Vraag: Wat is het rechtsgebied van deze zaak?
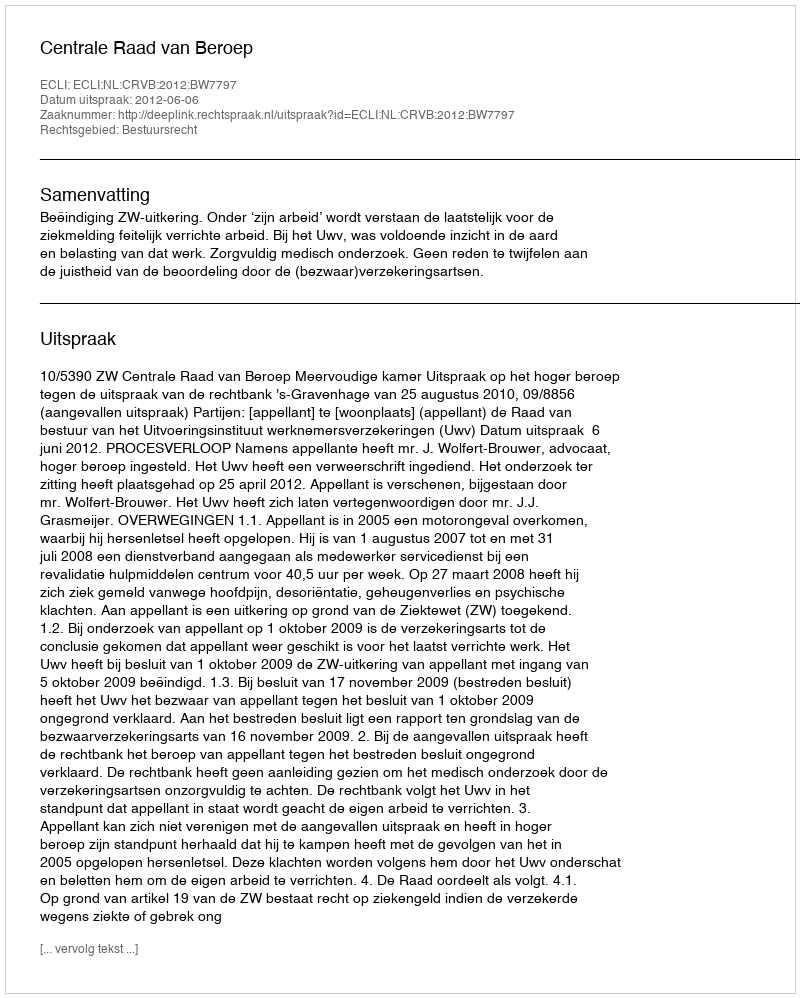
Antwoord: Bestuursrecht